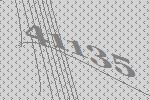
41135